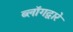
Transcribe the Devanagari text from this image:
ब्लॉगद्वारे